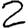
Digit: 2